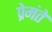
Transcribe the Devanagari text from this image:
प्रेमंते